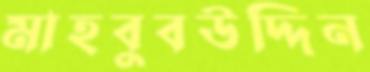
মাহবুবউদ্দিন